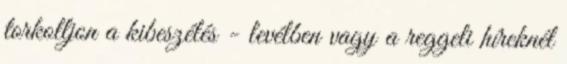
torkolljon a kibeszélés - levélben vagy a reggeli híreknél